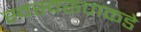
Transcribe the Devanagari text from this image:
स्वस्वरूपाकडे